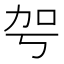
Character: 𠡐